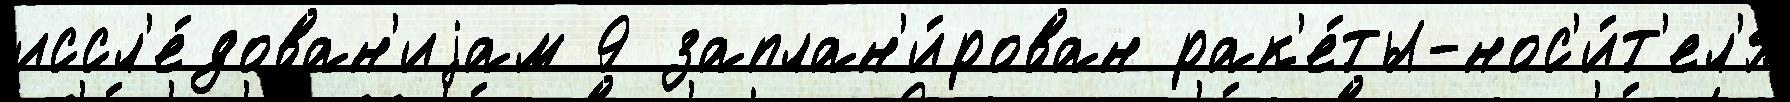
иссл'е́дован'иjам 9 заплан'и́рован рак'е́ты-нос'и́т'ел'я